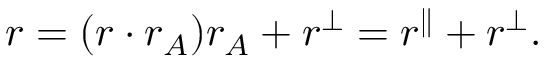
r = ( r \cdot r _ { A } ) r _ { A } + r ^ { \perp } = r ^ { \parallel } + r ^ { \perp } .